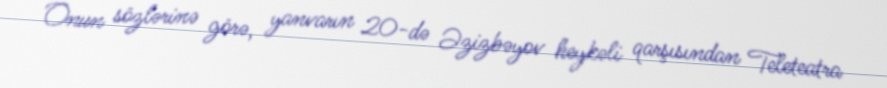
Onun sözlərinə görə, yanvarın 20-də Əzizbəyov heykəli qarşısından Teleteatra